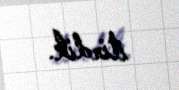
itirdik.